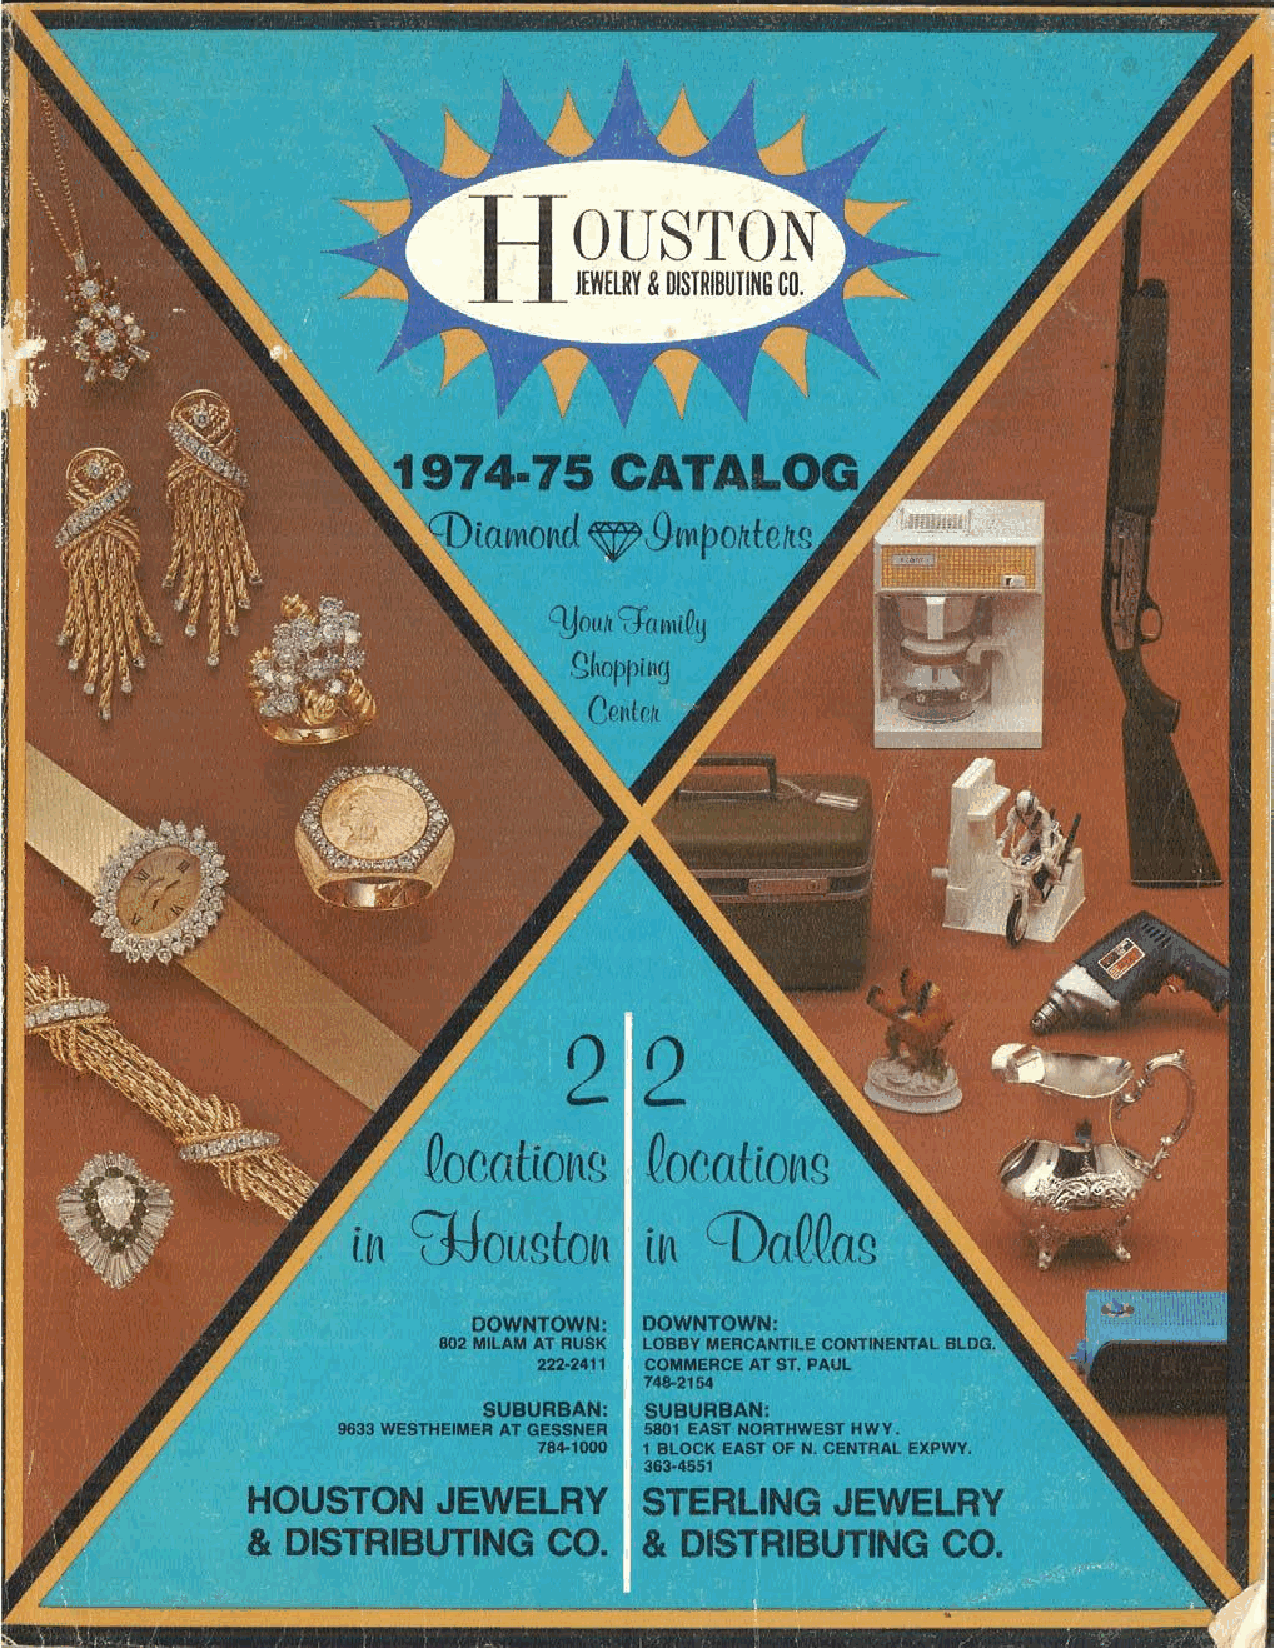
~iamond~     9mpotttetw
 22
 ~/    QocatiolilQg      ocatio~g
 9dougto~
 i~                  i"  COaQQag
 DOWNTOWN:  DOWNTOWN:
 802 MILAM AT RUSK LOBBY MERCANTILE CONTINENTAL BLDG.
 222-2411 COMMERCE AT ST. PAUL
 748-2154
 SUBURBAN:  SUBURBAN:
 9633 WESTHEIMER AT GESSNER 5801 EAST NORTHWEST HWY.
 784-1000 1 BLOCK EAST OF N. CENTRAL EXPWY.
 363-4551
 HOUSTONJ      EWELRY       STERLINGJ    EWELRY
 &  DISTRIBUTINGC      O.  &  DISTRIBUTINGC      O.